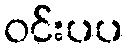
ဝင်းပပ